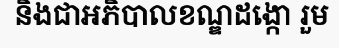
និងជាអភិបាលខណ្ឌដង្កោ រួម